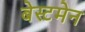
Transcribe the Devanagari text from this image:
बेस्टमेन